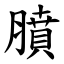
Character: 膹